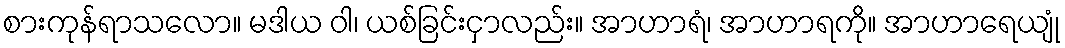
စားကုန်ရာသလော။ မဒါယ ဝါ၊ ယစ်ခြင်းငှာလည်း။ အာဟာရံ၊ အာဟာရကို။ အာဟာရေယျုံ